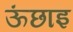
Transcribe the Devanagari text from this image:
ऊंछाइ